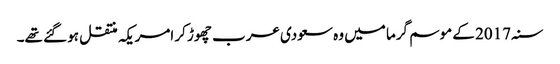
سنہ 2017 کے موسم گرما میں وہ سعودی عرب چھوڑ کر امریکہ منتقل ہو گئے تھے۔